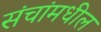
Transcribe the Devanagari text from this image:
संचांमधील